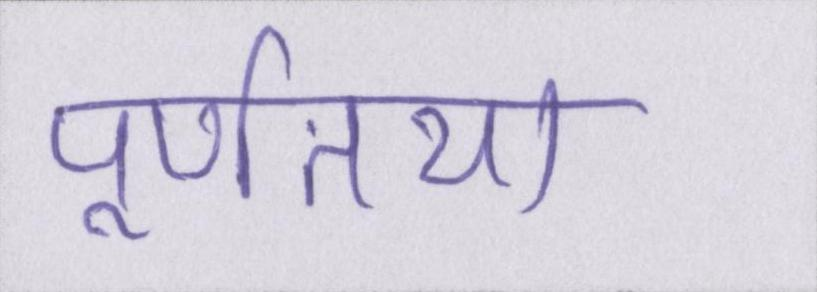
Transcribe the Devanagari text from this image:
पूर्णतया